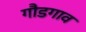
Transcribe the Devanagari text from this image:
गौडगाव